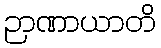
ဉာဏာယာတိ